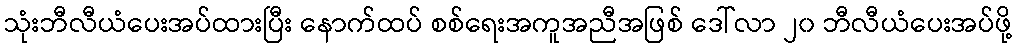
သုံးဘီလီယံပေးအပ်ထားပြီး နောက်ထပ် စစ်ရေးအကူအညီအဖြစ် ဒေါ်လာ ၂၀ ဘီလီယံပေးအပ်ဖို့